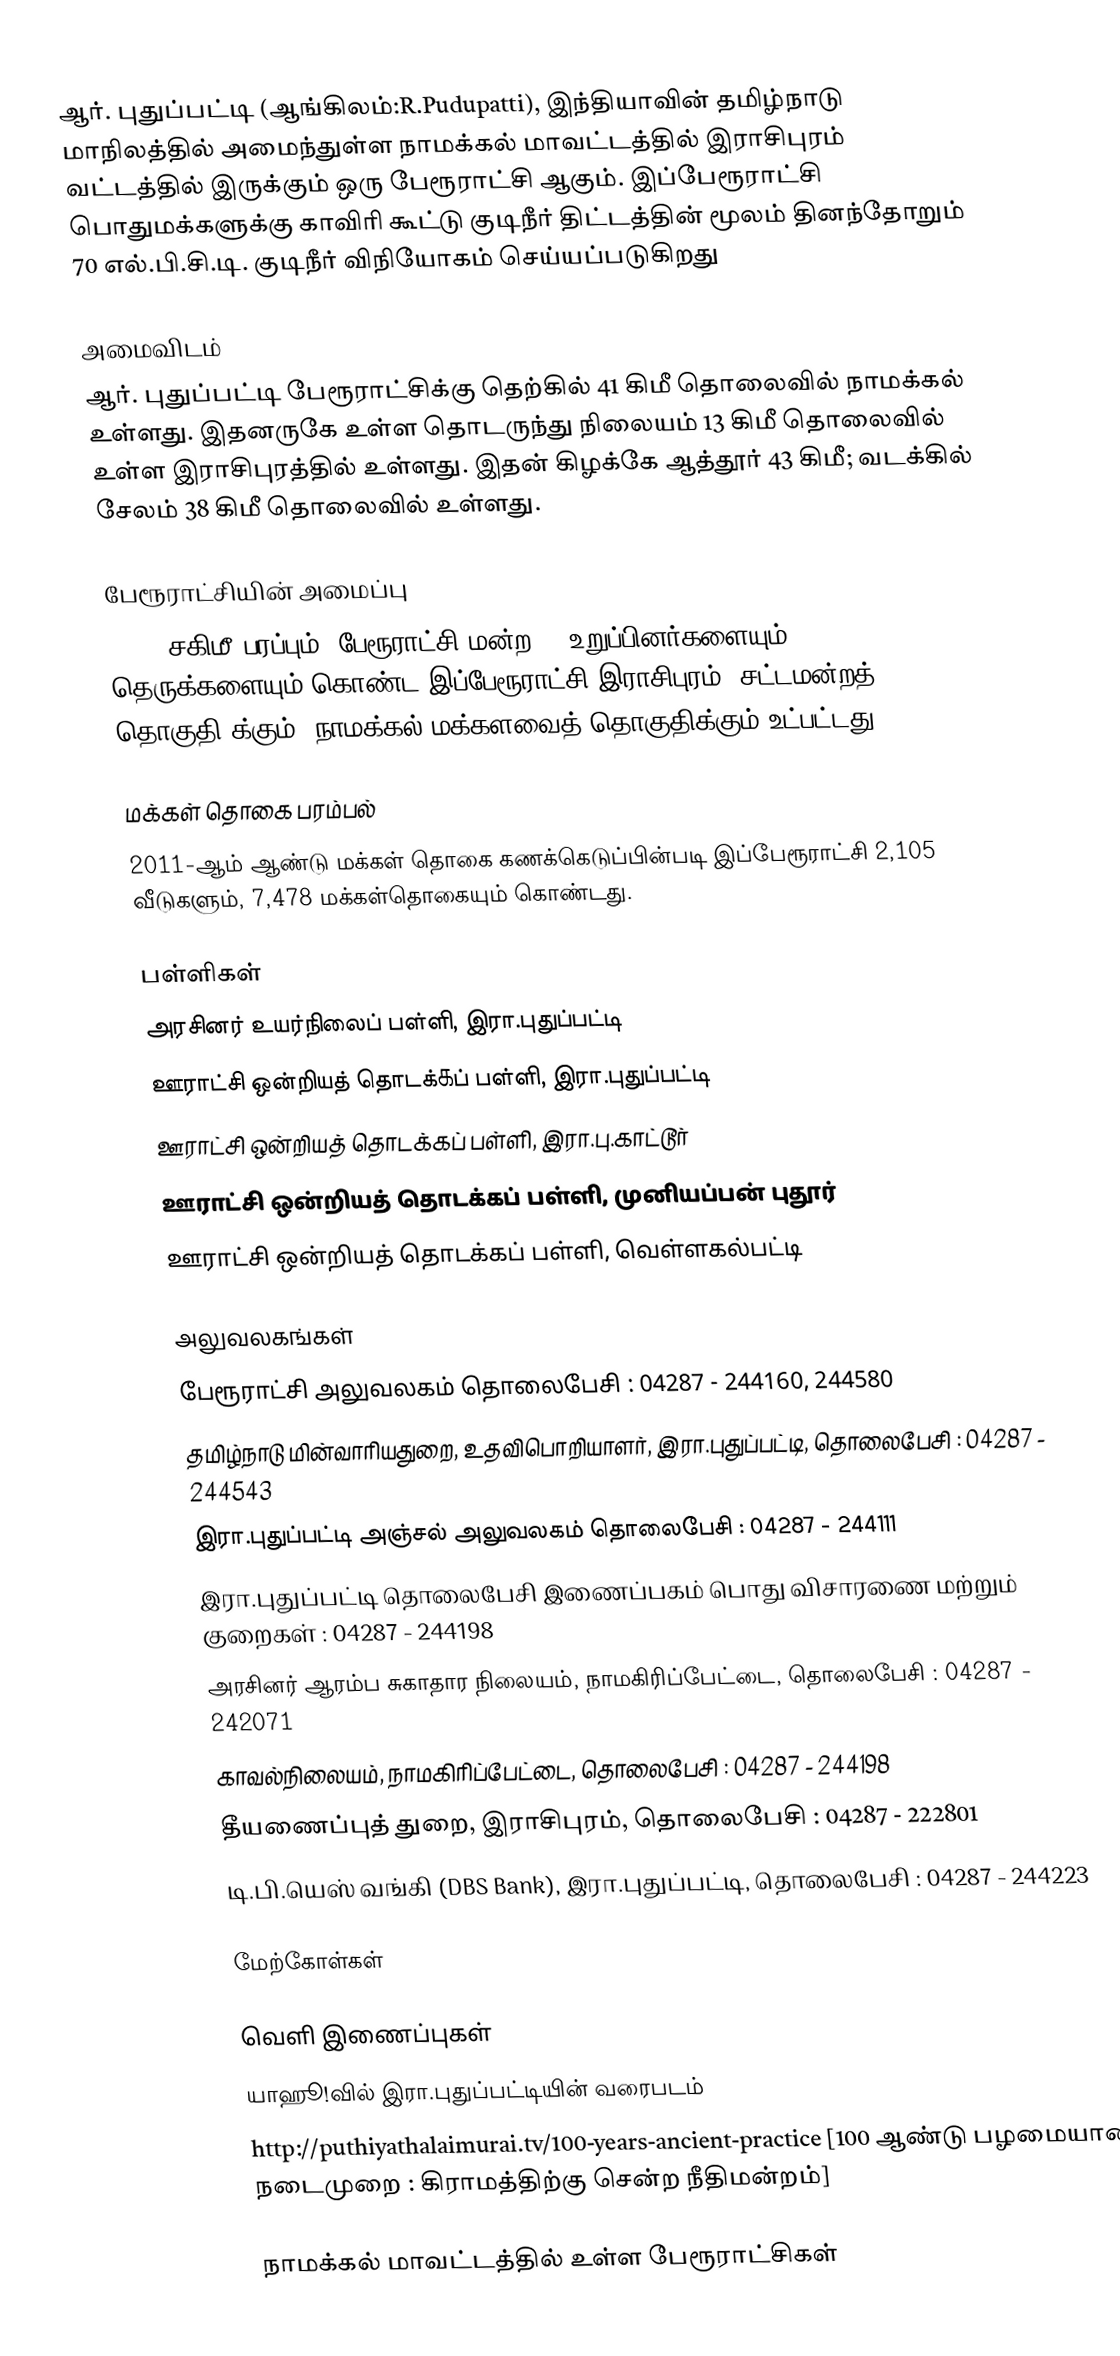
ஆர். புதுப்பட்டி (ஆங்கிலம்:R.Pudupatti), இந்தியாவின் தமிழ்நாடு மாநிலத்தில் அமைந்துள்ள நாமக்கல் மாவட்டத்தில் இராசிபுரம் வட்டத்தில் இருக்கும் ஒரு பேரூராட்சி ஆகும். இப்பேரூராட்சி பொதுமக்களுக்கு காவிரி கூட்டு குடிநீர் திட்டத்தின் மூலம் தினந்தோறும் 70 எல்.பி.சி.டி. குடிநீர் விநியோகம் செய்யப்படுகிறது

அமைவிடம்
ஆர். புதுப்பட்டி பேரூராட்சிக்கு தெற்கில் 41 கிமீ தொலைவில் நாமக்கல் உள்ளது. இதனருகே உள்ள தொடருந்து நிலையம் 13 கிமீ தொலைவில் உள்ள இராசிபுரத்தில் உள்ளது. இதன் கிழக்கே  ஆத்தூர் 43 கிமீ; வடக்கில் சேலம் 38 கிமீ தொலைவில் உள்ளது.

பேரூராட்சியின் அமைப்பு
17.20 சகிமீ பரப்பும்,   பேரூராட்சி மன்ற  15 உறுப்பினர்களையும், 31 தெருக்களையும் கொண்ட இப்பேரூராட்சி இராசிபுரம்   (சட்டமன்றத் தொகுதி)க்கும், நாமக்கல் மக்களவைத் தொகுதிக்கும் உட்பட்டது.

மக்கள் தொகை பரம்பல்
2011-ஆம் ஆண்டு மக்கள் தொகை கணக்கெடுப்பின்படி  இப்பேரூராட்சி    2,105   வீடுகளும், 7,478 மக்கள்தொகையும் கொண்டது.

பள்ளி௧ள்
 அரசினர் உயர்நிலைப் பள்ளி, இரா.புதுப்பட்டி
 ஊராட்சி ஒன்றியத் தொடக்௧ப் பள்ளி, இரா.புதுப்பட்டி
 ஊராட்சி ஒன்றியத் தொடக்௧ப் பள்ளி, இரா.பு.காட்டூர்
 ஊராட்சி ஒன்றியத் தொடக்கப் பள்ளி, முனியப்பன் புதூர்
 ஊராட்சி ஒன்றியத் தொடக்௧ப் பள்ளி, வெள்ளகல்பட்டி

அலுவலகங்கள்
 பேரூராட்சி அலுவலகம் தொலைபேசி : 04287 - 244160, 244580
 தமிழ்நாடு மின்வாரியதுறை, உதவிபொறியாளர், இரா.புதுப்பட்டி, தொலைபேசி : 04287 - 244543
 இரா.புதுப்பட்டி அஞ்சல் அலுவலகம் தொலைபேசி : 04287 - 244111
 இரா.புதுப்பட்டி தொலைபேசி இணைப்பகம் பொது விசாரணை மற்றும் குறைகள் : 04287 - 244198
 அரசினர் ஆரம்ப சுகாதார நிலையம், நாமகிரிப்பேட்டை, தொலைபேசி : 04287 - 242071
 காவல்நிலையம், நாமகிரிப்பேட்டை, தொலைபேசி : 04287 - 244198
 தீயணைப்புத் துறை, இராசிபுரம், தொலைபேசி : 04287 - 222801
 டி.பி.யெஸ் வங்கி (DBS Bank), இரா.புதுப்பட்டி, தொலைபேசி : 04287 - 244223

மேற்கோள்கள்

வெளி இணைப்புகள்
 யாஹூ!வில் இரா.புதுப்பட்டியின் வரைபடம்
 http://puthiyathalaimurai.tv/100-years-ancient-practice [100 ஆண்டு பழமையான நடைமுறை : கிராமத்திற்கு சென்ற நீதிமன்றம்]

நாமக்கல் மாவட்டத்தில் உள்ள பேரூராட்சிகள்